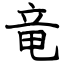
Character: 竜